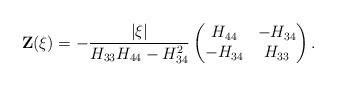
LaTeX: \begin{align*}\mathbf{Z}(\xi) = -\frac{|\xi|}{H_{33}H_{44}-H_{34}^2} \begin{pmatrix} H_{44} & - H_{34} \\ -H_{34} & H_{33} \end{pmatrix}.\end{align*}